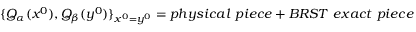
\{ Q _ { \alpha } ( x ^ { 0 } ) , Q _ { \beta } ( y ^ { 0 } ) \} _ { x ^ { 0 } = y ^ { 0 } } = p h y s i c a l \ p i e c e + B R S T \ e x a c t \ p i e c e